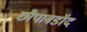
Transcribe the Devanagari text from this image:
छीपाबडॉद